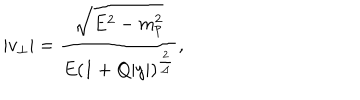
| v _ { \perp } | = { \frac { \sqrt { E ^ { 2 } - m _ { p } ^ { 2 } } } { E ( 1 + Q | y | ) ^ { \frac { 2 } { \Delta } } } } ,